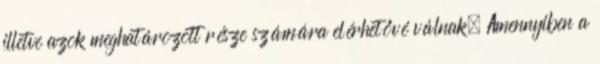
illetve azok meghatározott része számára elérhetővé válnak. Amennyiben a